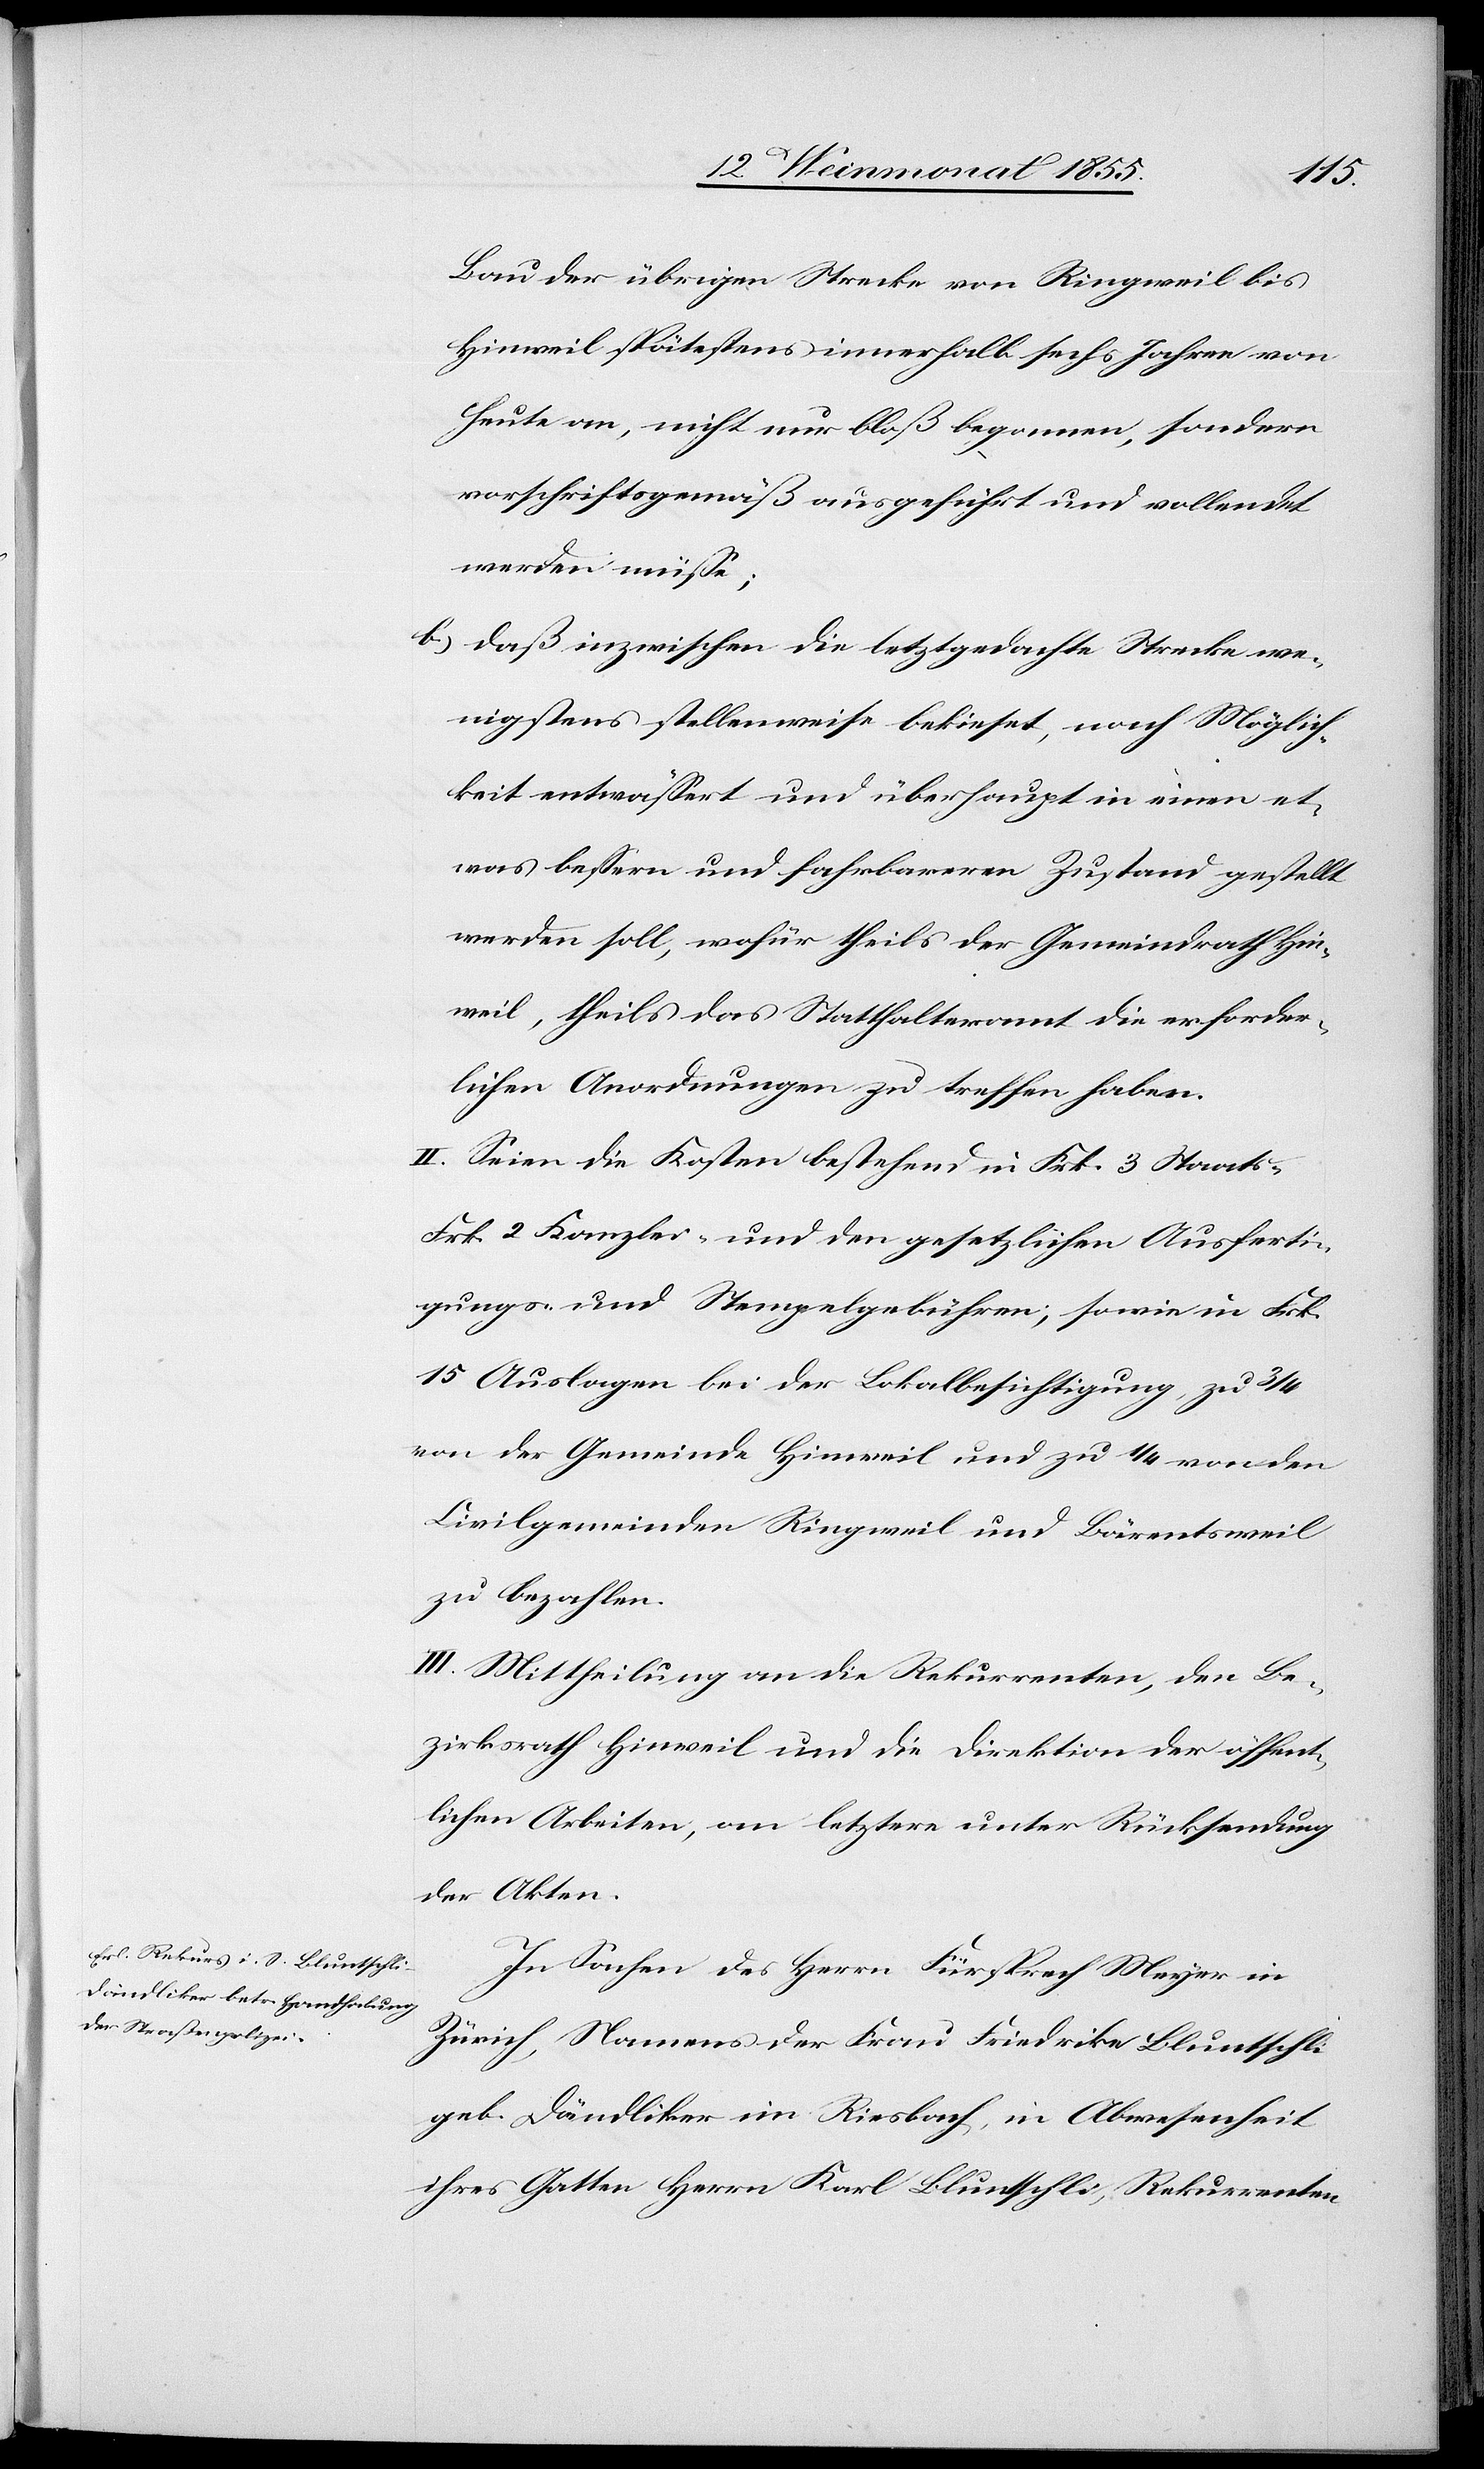
Bau der übrigen Strecke von Ringweil bis
Hinweil spätestens innerhalb sechs Jahren von
heute an, nicht nur bloß begonnen, sondern
vorschriftsgemäß ausgeführt und vollendet
werden müsse;
daß inzwischen die letztgedachte Strecke we¬
nigstens stellenweise bekieset, nach Möglich¬
keit entwässert und überhaupt in einen et¬
was bessern und fahrbareren Zustand gestellt
werden soll, wofür theils der Gemeindrath Hin¬
weil, theils das Statthalteramt die erforder¬
lichen Anordnungen zu treffen haben.
II. Seien die Kosten bestehend in Frk. 3 Staats-[,]
Frk. 2 Kanzlei- und den gesetzlichen Ausferti¬
gungs- und Stempelgebühren; sowie in Frk.
15 Auslagen bei der Lokalbesichtigung, zu 3/4
von der Gemeinde Hinweil und zu 1/4 von den
Civilgemeinden Ringweil und Bärentsweil
zu bezahlen.
III. Mittheilung an die Rekurrenten, den Be¬
zirksrath Hinweil und die Direktion der öffent¬
lichen Arbeiten, an letztere unter Rücksendung
der Akten.
In Sachen des Herrn Fürsprech Meyer in
Zürich, Namens der Frau Friedrike Bluntschli
geb. Dändliker im Riesbach, in Abwesenheit
ihres Gatten Herrn Karl Bluntschli, Rekurrenten